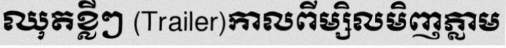
ឈុតខ្លីៗ (Trailer)កាលពីម្សិលមិញភ្លាម